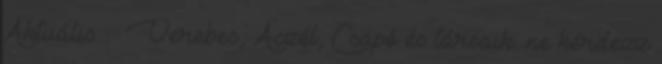
Aktuális Verebes, Aczél, Csapó és társaik: ne kérdezz